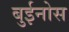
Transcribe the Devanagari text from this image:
बुईनोस